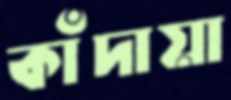
কাঁদায়া